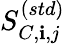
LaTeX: S_{C,\mathbf{i},j}^{(std)}